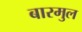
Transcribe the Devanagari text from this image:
बारमुल